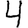
Digit: 4